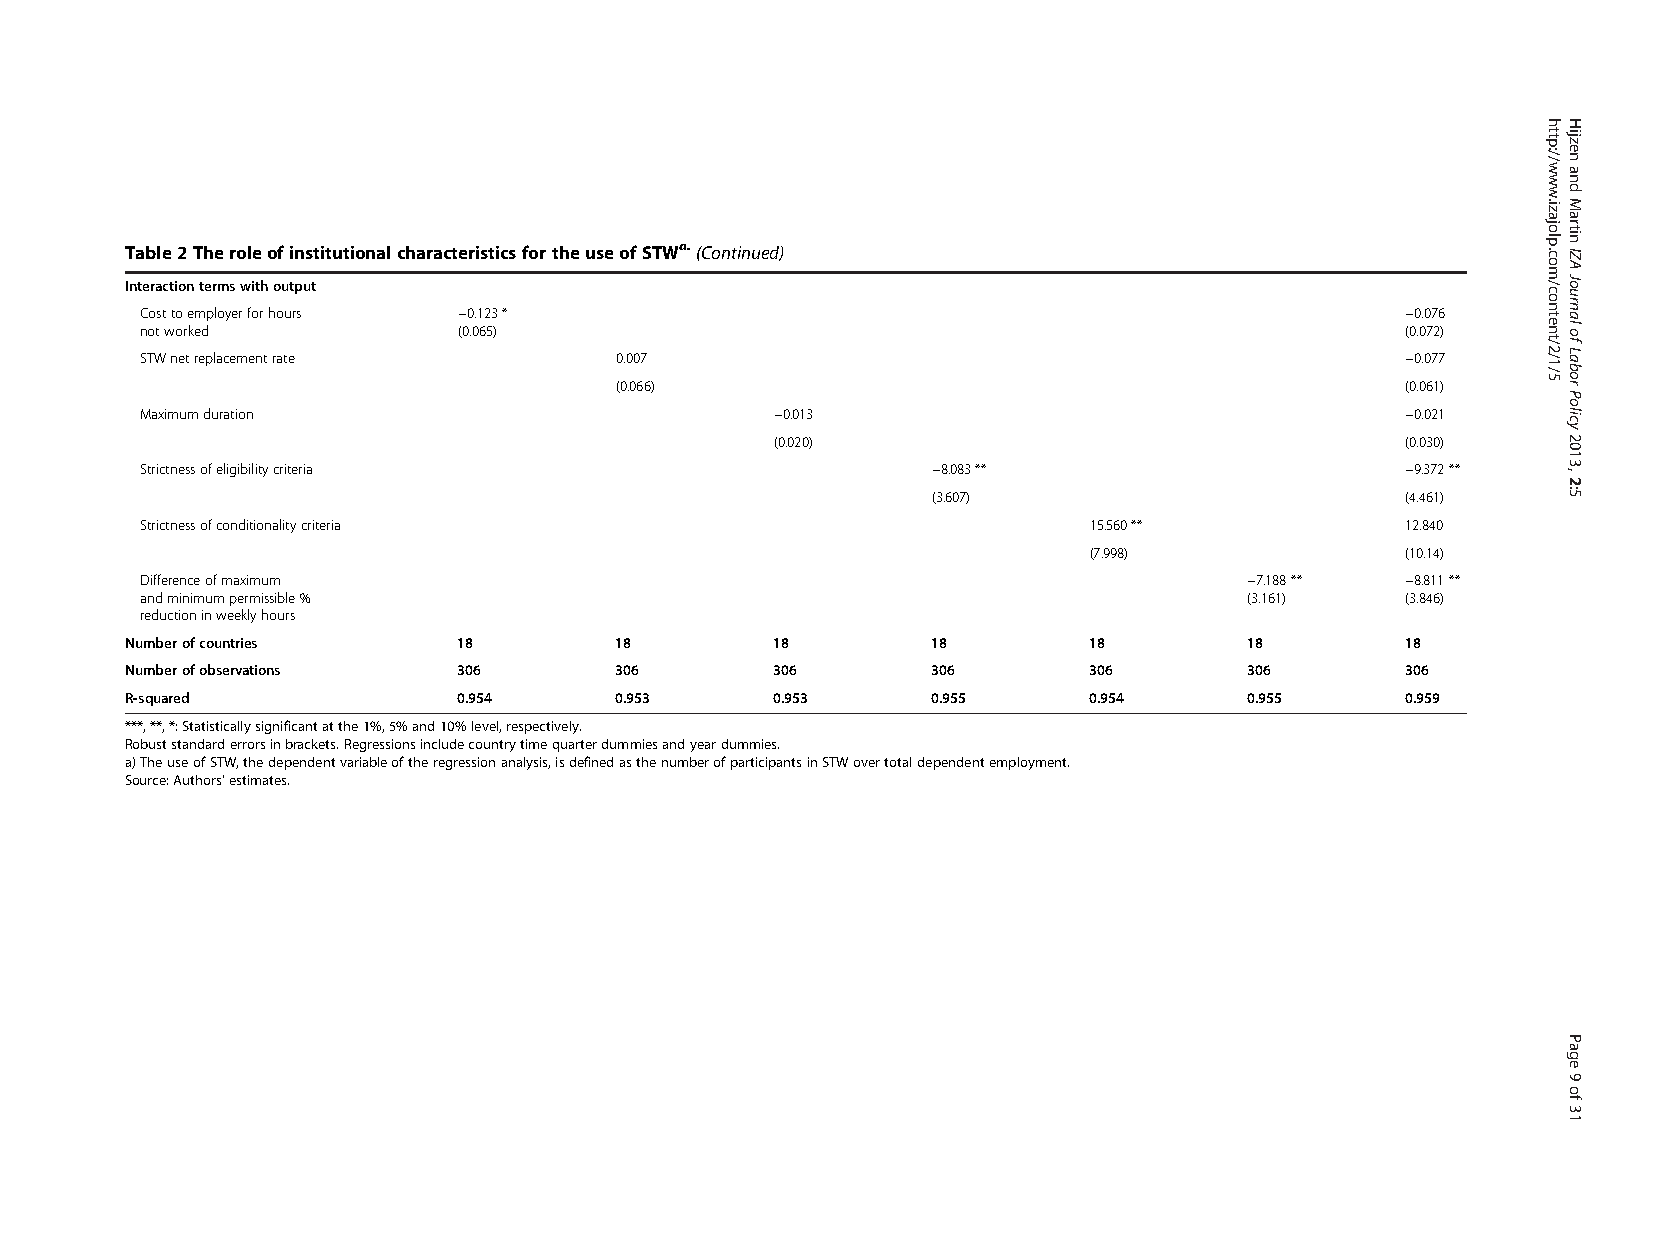
Table2TheroleofinstitutionalcharacteristicsfortheuseofSTWa.(Continued)
 Interactiontermswithoutput
 Costtoemployerforhours −0.123*                                                      −0.076
 notworked            (0.065)                                                        (0.072)
 STWnetreplacementrate           0.007                                               −0.077
 (0.066)                                             (0.061)
 Maximumduration                           −0.013                                    −0.021
 (0.020)                                   (0.030)
 Strictnessofeligibilitycriteria                      −8.083**                       −9.372**
 (3.607)                        (4.461)
 Strictnessofconditionalitycriteria                             15.560**             12.840
 (7.998)              (10.14)
 Differenceofmaximum                                                       −7.188**  −8.811**
 andminimumpermissible%                                                    (3.161)   (3.846)
 reductioninweeklyhours
 Numberofcountries     18         18        18         18        18         18        18
 Numberofobservations  306        306       306        306       306        306       306
 R-squared             0.954      0.953     0.953      0.955     0.954      0.955     0.959
 ***,**,*:Statisticallysignificantatthe1%,5%and10%level,respectively.
 Robuststandarderrorsinbrackets.Regressionsincludecountrytimequarterdummiesandyeardummies.
 a)TheuseofSTW,thedependentvariableoftheregressionanalysis,isdefinedasthenumberofparticipantsinSTWovertotaldependentemployment.
 Source:Authors’estimates.
 http://www.izajolp.com/content/2/1/5 HijzenandMartinIZAJournalofLaborPolicy2013,2:5
 Page9of31